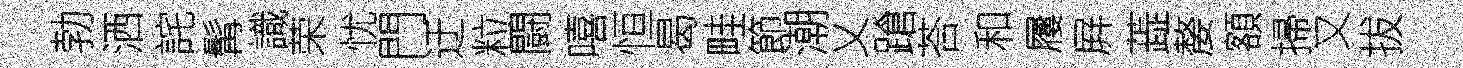
勃洒詫髯識荣忧門迂粒闘嘻恒曷畦節潮乂蹌荅和屨屛蕋嫠額掃又拔